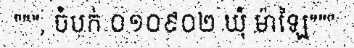
""", ចំបក់ ០១០៩០២ ឃុំ ម៉ាឡៃ"""